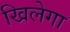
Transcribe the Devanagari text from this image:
खिलेगा